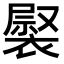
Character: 𧛽